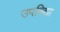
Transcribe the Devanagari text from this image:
उपविद्या